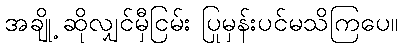
အချို့ ဆိုလျှင်မှီငြမ်း ပြုမှန်းပင်မသိကြပေ။